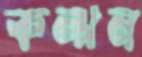
কল্পন